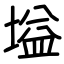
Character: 塧